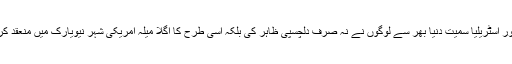
اس میلے میں امریکہ، یوروپ اور آسٹریلیا سمیت دنیا بھر سے لوگوں نے نہ صرف دلچسپی ظاہر کی بلکہ اسی طرح کا اگلا میلہ امریکی شہر نیویارک میں منعقد کرنے کی آہٹ بھی محسوس ہوئی۔